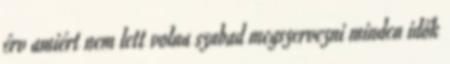
érv amiért nem lett volna szabad megszervezni minden idők